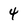
Character: 4